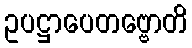
ဥပဋ္ဌာပေတဗ္ဗောတိ